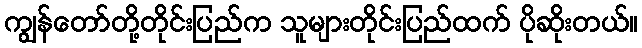
ကျွန်တော်တို့တိုင်းပြည်က သူများတိုင်းပြည်ထက် ပိုဆိုးတယ်။